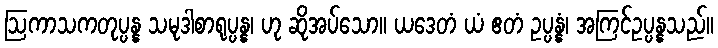
ဩကာသကတုပ္ပန္န သမုဒါစာရုပ္ပန္န၊ ဟု ဆိုအပ်သော။ ယဒေတံ ယံ ဧတံ ဥပ္ပန္နံ၊ အကြင်ဥပ္ပန္နသည်။